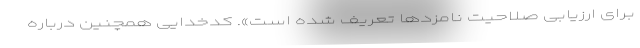
برای ارزیابی صلاحیت نامزدها تعریف شده است». کدخدایی همچنین درباره